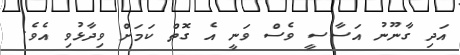
އަދި ގާނޫނު އަސާސީ ވެސް ވަނީ އެ ގޮތް ކަމަށް ވިދާޅުވި އެވެ.